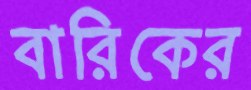
বারিকের